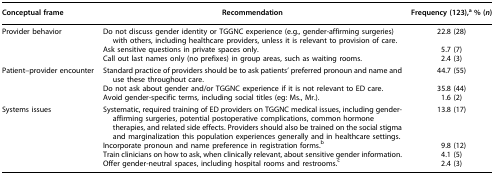
| Conceptual frame | Recommendation | Frequency (123),a % (n) |
 | --- | --- | --- |
 | Provider behavior | Do not discuss gender identity or TGGNC experience (e.g., gender-affirming surgeries) with others, including healthcare providers, unless it is relevant to provision of care. | 22.8 (28) |
 |  | Ask sensitive questions in private spaces only. | 5.7 (7) |
 |  | Call out last names only (no prefixes) in group areas, such as waiting rooms. | 2.4 (3) |
 | Patient–provider encounter | Standard practice of providers should be to ask patients' preferred pronoun and name and use these throughout care. | 44.7 (55) |
 |  | Do not ask about gender and/or TGGNC experience if it is not relevant to ED care. | 35.8 (44) |
 |  | Avoid gender-specific terms, including social titles (eg: Ms., Mr.). | 1.6 (2) |
 | Systems issues | Systematic, required training of ED providers on TGGNC medical issues, including gender-affirming surgeries, potential postoperative complications, common hormone therapies, and related side effects. Providers should also be trained on the social stigma and marginalization this population experiences generally and in healthcare settings. | 13.8 (17) |
 |  | Incorporate pronoun and name preference in registration forms.b | 9.8 (12) |
 |  | Train clinicians on how to ask, when clinically relevant, about sensitive gender information. | 4.1 (5) |
 |  | Offer gender-neutral spaces, including hospital rooms and restrooms.c | 2.4 (3) |